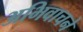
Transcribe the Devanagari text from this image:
अभिवाचने